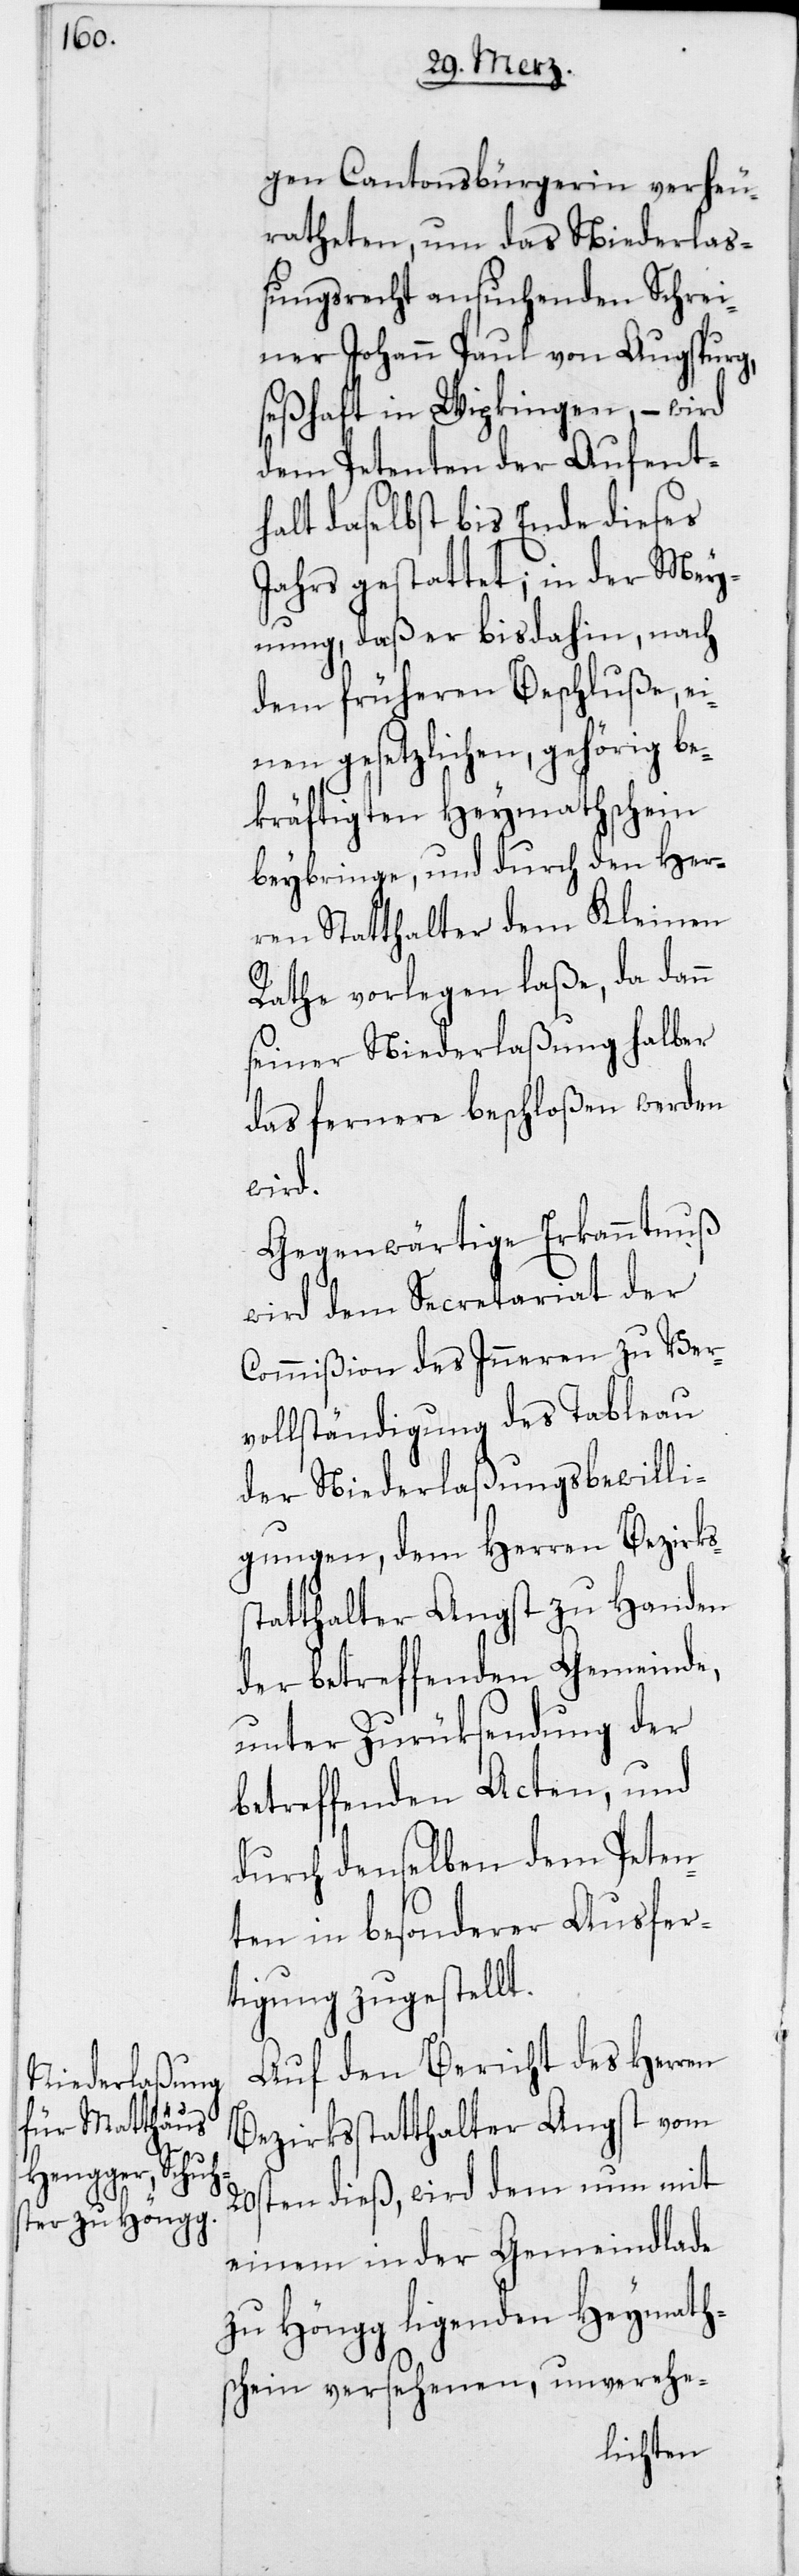
gen Cantonsbürgerin verheu¬
ratheten, um das Niederlaß¬
ungsrecht ansuchenden Schrei¬
ner Johann Paul von Augspurg,
seßhaft in Wipkingen, – wird
dem Petenten der Aufent¬
halt daselbst bis Ende dieses
Jahrs gestattet; in der Mey¬
nung, daß er bisdahin, nach
dem früheren Beschluße, ei¬
nen gesetzlichen, gehörig be¬
kräftigten Heymathschein
beybringe, und durch den Her¬
ren Statthalter dem Kleinen
Rathe vorlegen laße, da dann
seiner Niederlaßung halber
das fernere beschloßen werden
wird.
Gegenwärtige Erkanntnuß
wird dem Secretariat der
Commißion des Inneren zu Ver¬
vollständigung des Tableau
der Niederlaßungsbewilli¬
gungen, dem Herren Bezirks¬
statthalter Angst zu Handen
der betreffenden Gemeinde,
unter Zurüksendung der
betreffenden Acten, und
durch denselben dem Peten¬
ten in besonderer Ausfer¬
tigung zugestellt.
Auf den Bericht des Herren
Bezirksstatthalter Angst vom
20sten dieß, wird dem nun mit
einem in der Gemeindlade
zu Höngg ligenden Heymaths¬
chein versehenen, unverehe-